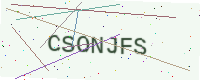
Text: CSONJFS